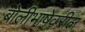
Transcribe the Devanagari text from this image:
बोलीभाषेवरील